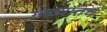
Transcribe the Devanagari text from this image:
मळ्यातच